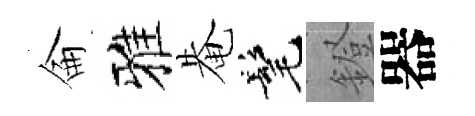
侖雅𤲅髦鐙器